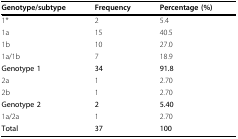
| Genotype/subtype | Frequency | Percentage (%) |
 | --- | --- | --- |
 | 1* | 2 | 5.4 |
 | 1a | 15 | 40.5 |
 | 1b | 10 | 27.0 |
 | 1a/1b | 7 | 18.9 |
 | Genotype 1 | 34 | 91.8 |
 | 2a | 1 | 2.70 |
 | 2b | 1 | 2.70 |
 | Genotype 2 | 2 | 5.40 |
 | 1a/2a | 1 | 2.70 |
 | Total | 37 | 100 |